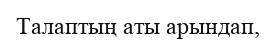
Талаптың аты арындап,